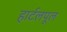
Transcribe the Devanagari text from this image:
हार्टलपूल